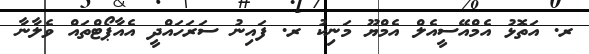
ރ. އަތޮޅު އެމްއޭސީއެލް އެމްޔޫ މަނިކު ރ. ފައިނު ސަރަހައްދީ އެއާޕޯޓްތައް ވެލާނާ